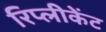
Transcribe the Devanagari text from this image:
रिप्लीकेंट